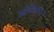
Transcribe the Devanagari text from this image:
उबेकिस्तान